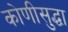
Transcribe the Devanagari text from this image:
कोणीसुद्धा